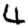
Digit: 4